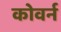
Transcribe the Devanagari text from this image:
कोवर्न